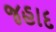
જહાદ